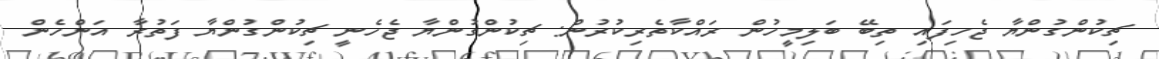
ޗިކުންގުންޔާ ޖެހިފައި ތިބޭ ބަލިމީހުން ރައްކާތެރިކުރުން: ޗިކުންގުންޔާ ޖެހެނީ ޗިކުންގުންޔާ ފަތުރާ އަންހެން